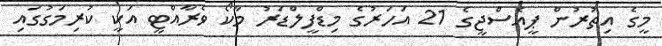
މީގެ އިތުރުން ޕީއެސްޖީގެ 21 އަހަރުގެ މިޑްފީލްޑަރު މާކޯ ވެރާއްޓީ އަކީ ކުރިމަގުގައި